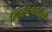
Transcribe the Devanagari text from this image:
सिद्धेश्वरतीर्थ